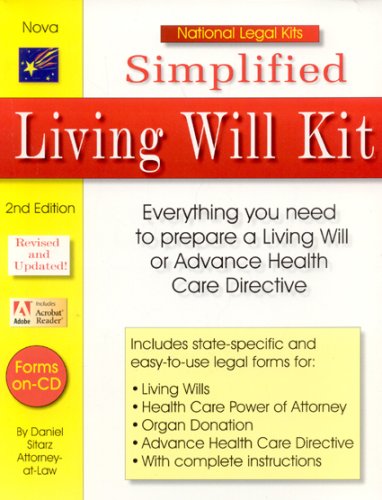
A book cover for Simplified Living Will Kit (National Legal Kit); Daniel Sitarz; Law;